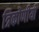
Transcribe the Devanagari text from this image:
त्रिकोणीयी